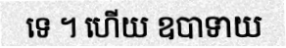
ទេ ។ ហើយ ឧបាទាយ